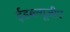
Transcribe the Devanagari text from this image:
ईडब्ल्यूजीए